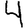
Digit: 4